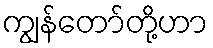
ကျွန်တော်တို့ဟာ